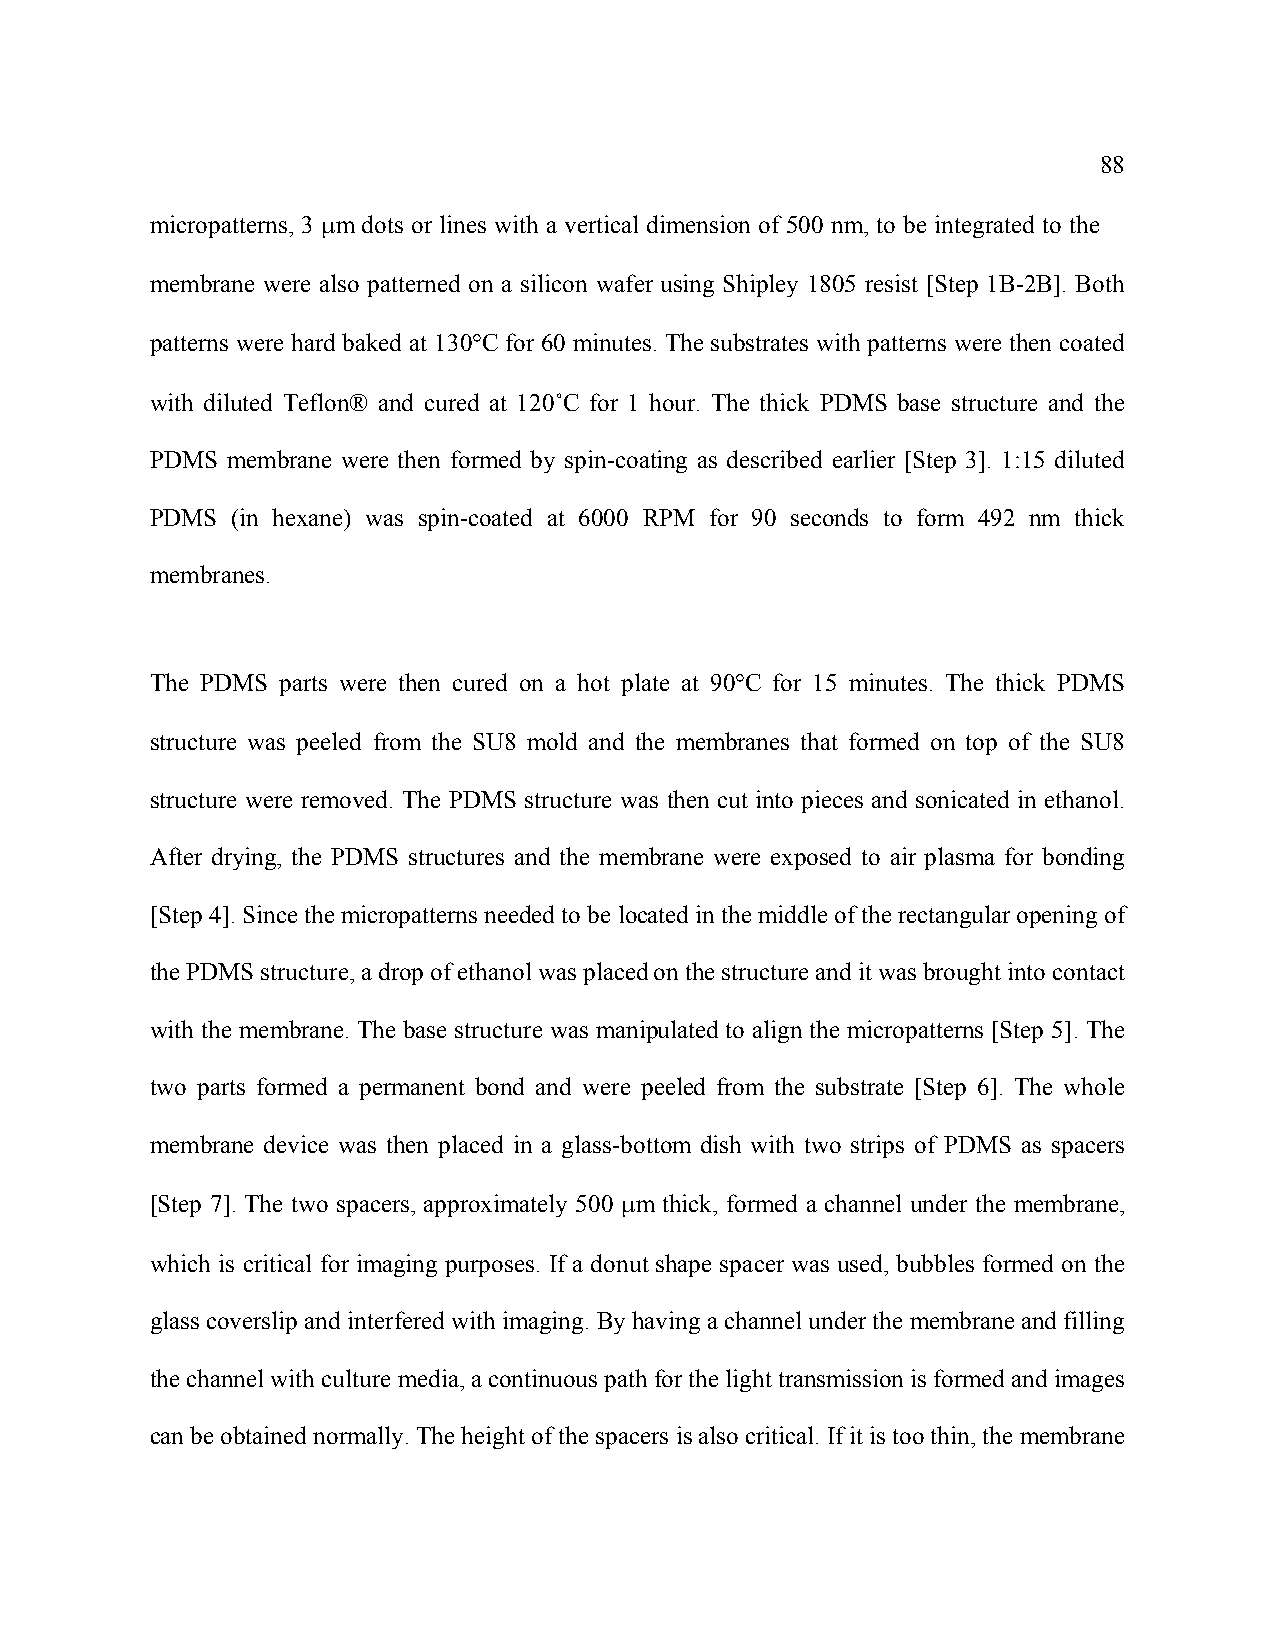
88
 micropatterns, 3 μm dots or lines with a vertical dimension of 500 nm, to be integrated to the
 membrane were also patterned on a silicon wafer using Shipley 1805 resist [Step 1B-2B]. Both
 patterns were hard baked at 130°C for 60 minutes. The substrates with patterns were then coated
 with diluted Teflon® and cured at 120˚C for 1 hour. The thick PDMS base structure and the
 PDMS membrane were then formed by spin-coating as described earlier [Step 3]. 1:15 diluted
 PDMS (in hexane) was spin-coated at 6000 RPM for 90 seconds to form 492 nm thick
 membranes.
 The PDMS parts were then cured on a hot plate at 90°C for 15 minutes. The thick PDMS
 structure was peeled from the SU8 mold and the membranes that formed on top of the SU8
 structure were removed. The PDMS structure was then cut into pieces and sonicated in ethanol.
 After drying, the PDMS structures and the membrane were exposed to air plasma for bonding
 [Step 4]. Since the micropatterns needed to be located in the middle of the rectangular opening of
 the PDMS structure, a drop of ethanol was placed on the structure and it was brought into contact
 with the membrane. The base structure was manipulated to align the micropatterns [Step 5]. The
 two parts formed a permanent bond and were peeled from the substrate [Step 6]. The whole
 membrane device was then placed in a glass-bottom dish with two strips of PDMS as spacers
 [Step 7]. The two spacers, approximately 500 μm thick, formed a channel under the membrane,
 which is critical for imaging purposes. If a donut shape spacer was used, bubbles formed on the
 glass coverslip and interfered with imaging. By having a channel under the membrane and filling
 the channel with culture media, a continuous path for the light transmission is formed and images
 can be obtained normally. The height of the spacers is also critical. If it is too thin, the membrane